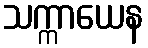
သက္ကာယေန